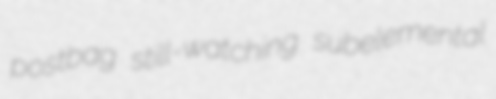
postbag still-watching subelemental